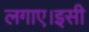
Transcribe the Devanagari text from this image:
लगाए।इसी